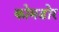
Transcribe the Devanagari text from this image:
कोमडोर